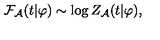
{ \cal F } _ { \cal A } ( t | \varphi ) \sim \log Z _ { \cal A } ( t | \varphi ) ,